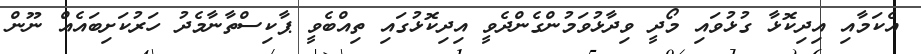
އެކަމާއި އިދިކޮޅާ ގުޅުވައި މޯދީ ވިދާޅުވަމުންގެންދެވީ އިދިކޮޅުގައި ތިއްބެވީ ޕާކިސްތާނާމެދު ހަރުކަށިބައެއް ނޫން